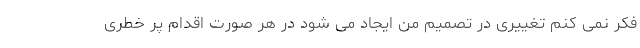
فکر نمی کنم تغییری در تصمیم من ایجاد می شود در هر صورت اقدام پر خطری